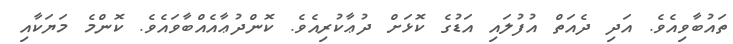
ތައުބާވިއެވެ. އަދި ދެއަތް އުފުލައި އަޑުގެ ކޮޅަށް ދުޢާކުރިއެވެ. ކޮންދުޢާއެއްބާވައެވެ. ކޮންމެ މަޔަކާއި